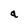
Character: a